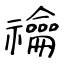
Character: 禴